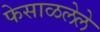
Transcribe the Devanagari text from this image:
फेसाळलेले